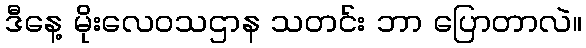
ဒီနေ့ မိုးလေဝသဌာန သတင်း ဘာ ပြောတာလဲ။